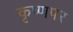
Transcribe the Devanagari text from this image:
कृष्णपर